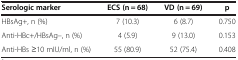
<table><thead><tr><td><b>Serologic marker</b></td><td><b>ECS (n = 68)</b></td><td><b>VD (n = 69)</b></td><td><b>p</b></td></tr></thead><tbody><tr><td>HBsAg+, n (%)</td><td>7 (10.3)</td><td>6 (8.7)</td><td>0.750</td></tr><tr><td>Anti-HBc+/HBsAg–, n (%)</td><td>4 (5.9)</td><td>9 (13.0)</td><td>0.153</td></tr><tr><td>Anti-HBs ≥10 mIU/ml, n (%)</td><td>55 (80.9)</td><td>52 (75.4)</td><td>0.408</td></tr></tbody></table>